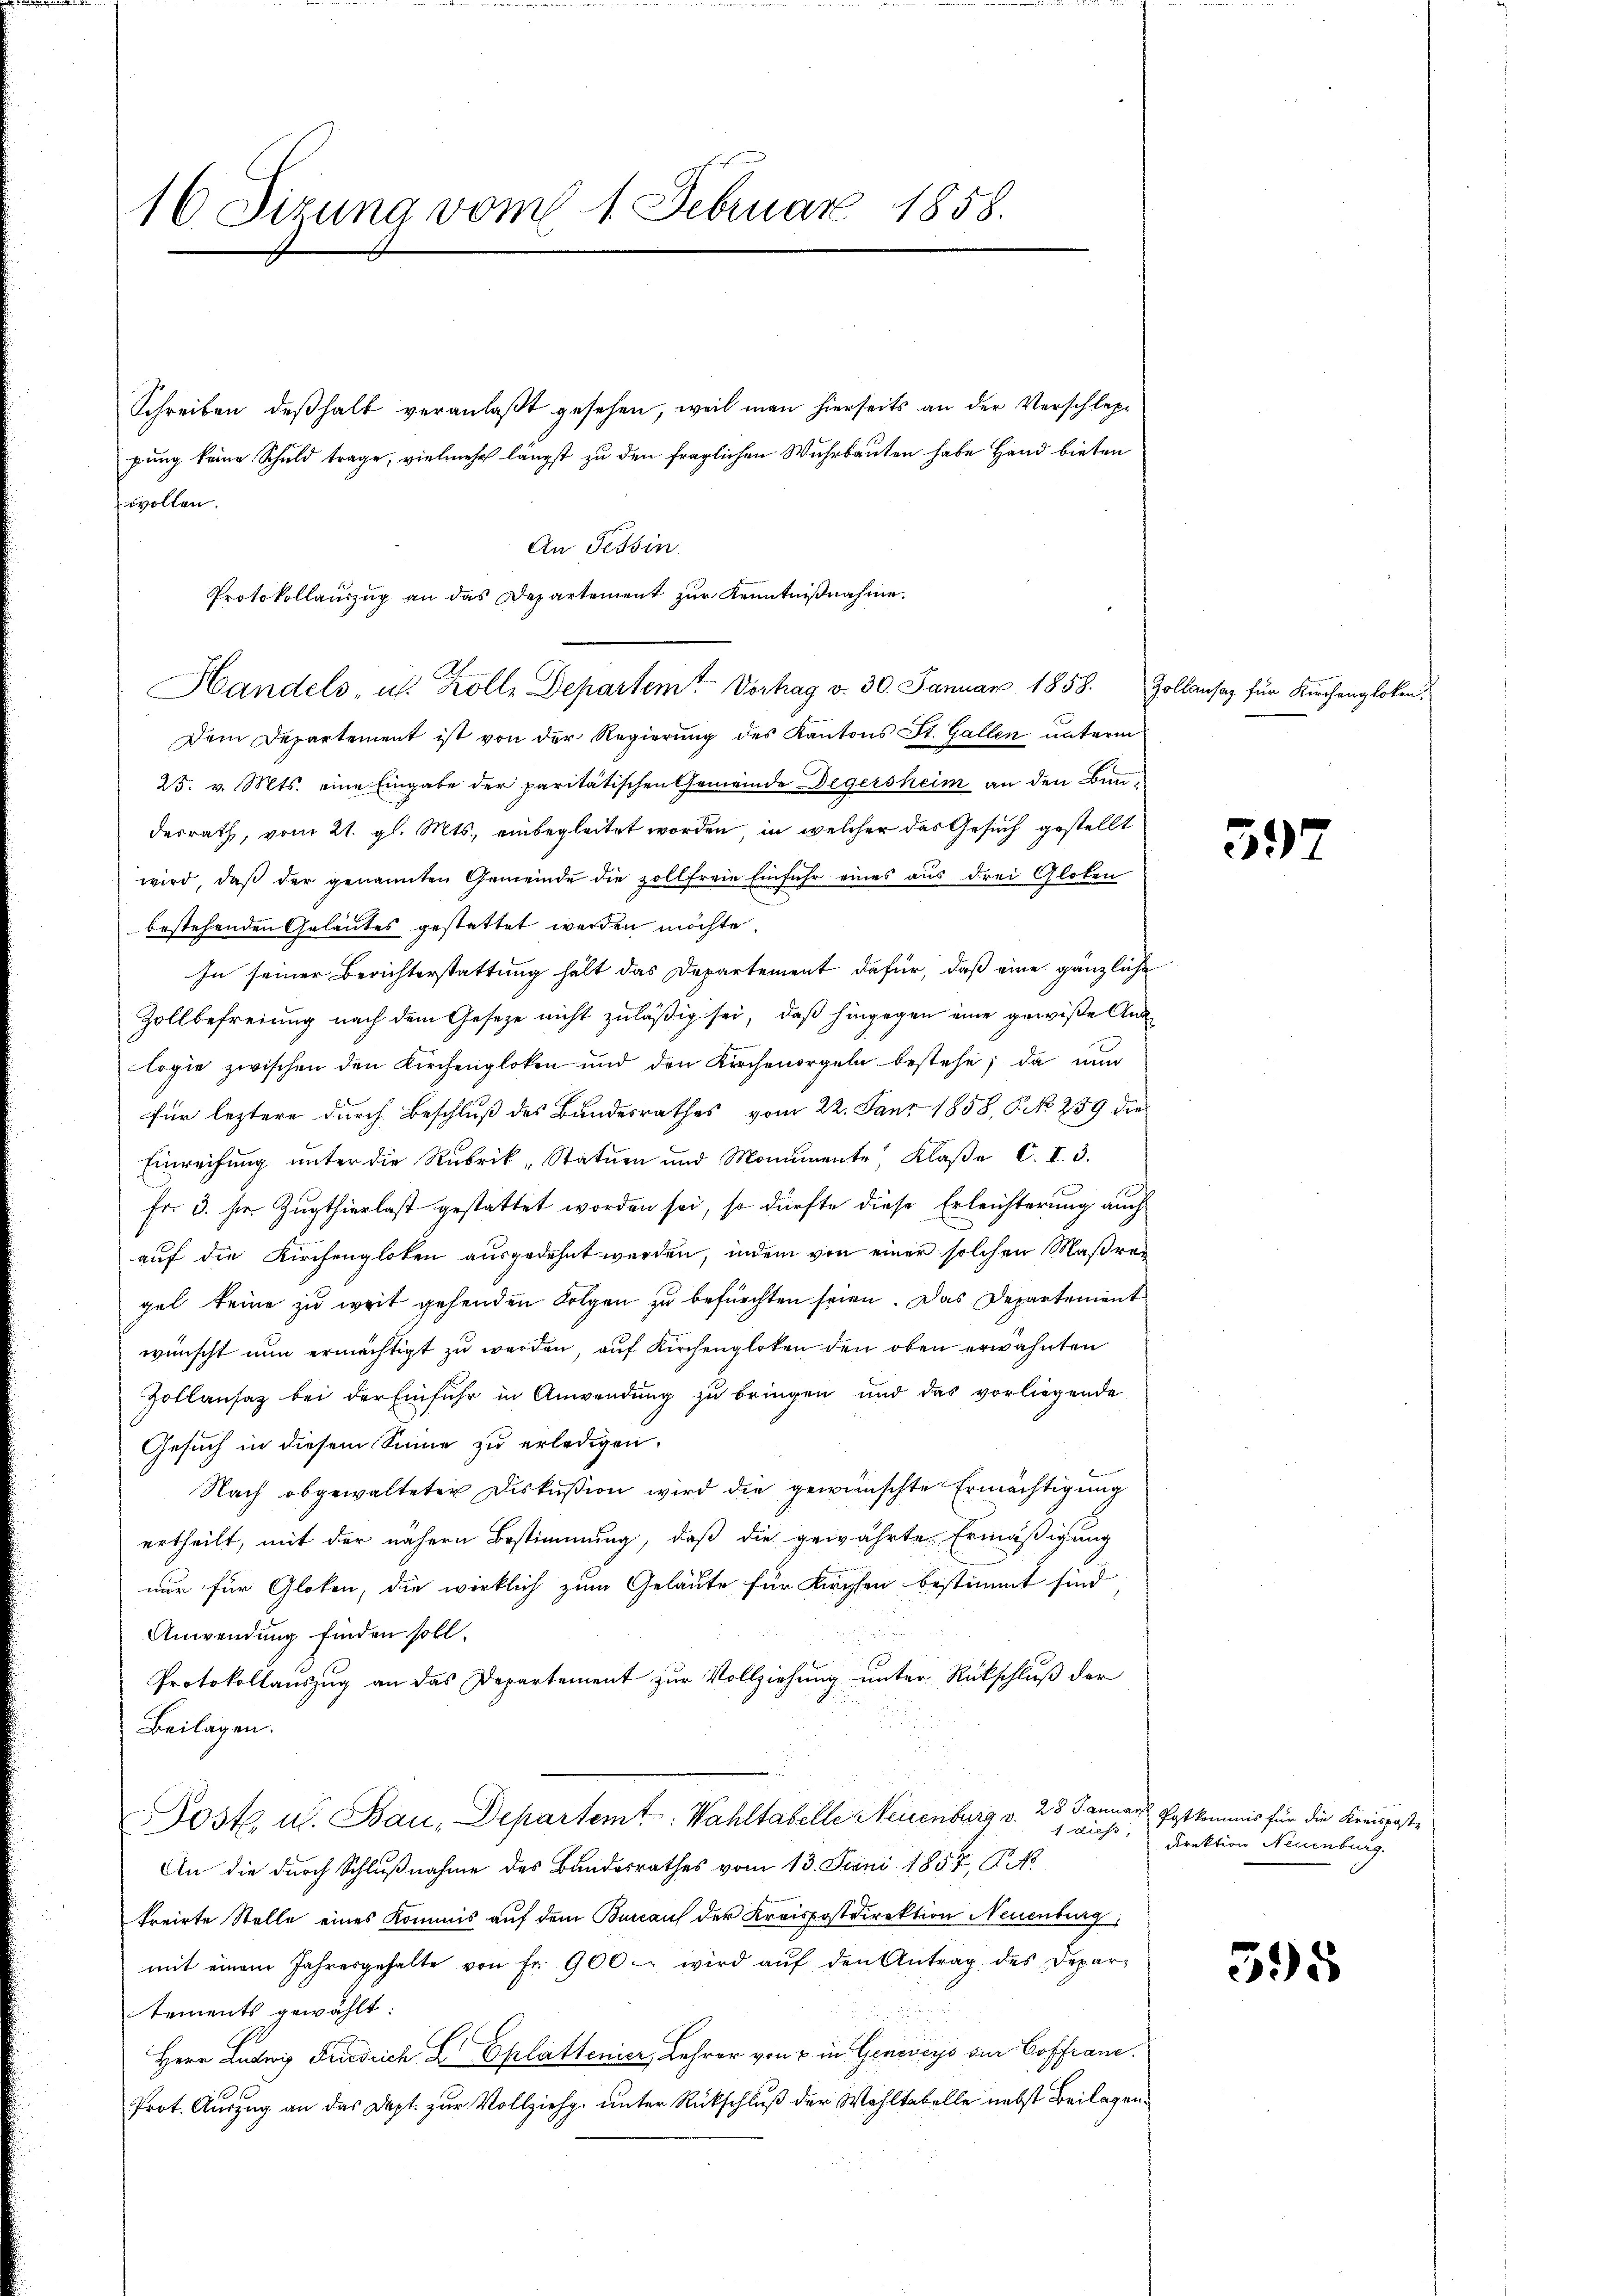
16. Sizung vom 1. Februar 1858.

wollen.
Dem Departement ist von der Regierung des Kantons St. Gallen unterm
25. v. Mts. eine Eingabe der paritätischen Gemeinde Degersheim an den Bunderrath, vom 21. gl. Mts., einbegleitet worden, in welcher das Gesuch gestellt
wird, daß der genannten Gemeinde die zollfreie Einfuhr eines aus drei Gloten
bestehenden Geläutes gestattet werden möchte.
In seiner Berichterstattung hält das Departement dafür, daß eine gänzliche
Zollbefreiung nach dem Gesetze nicht zuläßig sei, daß hingegen eine gewiße Ans
logie zwischen den Kirchengloken und den Kirchenorgeln bestehe; da nun
für leztere durch Beschluß des Bandesrathes vom 22. Janr 1858, P. No 259 die
Einreihung unter die Rubrik, Statuen und Monumente, Klaße C. I. 3.
Fr. 3. sie. Zugthierlast gestattet worden sei, so dürfte diese Erleichterung auch
auf die Kirchengloten ausgedehnt werden, indem von einer solchen Maßregel keine zu weit gehenden Folgen zu befürchten seien. Das Departement
wünscht nun ermächtigt zu werden, auf Kirchengloten den oben erwähnten
Zollansaz bei der Einfuhr in Anwendung zu bringen und das vorliegende
Gesuch in diesem Sinne zu erledigen.
Nach obgewalteter Diskussion wird die gewünschte Ermächtigung
ertheilt, mit der nähern Bestimmung, daß die gewährte Ermäßigung
nur für Gloken, die wirklich zum Geläute für Kirchen bestimmt sind,
Anwendung finden soll.
Protokollauszug an das Departement zur Vollziehung unter Rückschluß der
Beilagen.
Dost. u. Bau, Departemt: Wahltabelle Neuenburg v. 28 Januar Post kommnis für die Kreisposte
1 diess,
An die durch Schlußnahme des Bandesrathes vom 13. Juni 1857, P. N
treirte Stelle eines Kommis auf dem Bureau der Kreispostdirektion Neuenburg,
mit einem Jahresgehalte von fr. 900 wird aŭf den Antrag des Depar-
tements gewählt:
Herr Ludwig Friedrich L Eplattenier, Lehrer von 2 in Genereys der Coffran¬
Prot. Auszug an das Dapt. zur Vollzieh, unter Rückschluß der Wahltabelle nebst Beilagen¬

Schreiben deßhalb veranlaßt gesehen, weil man hierseits an der Verschleppung keine Schuld trage, vielmehr längst zu den fraglichen Wuhrbauten habe Hand bieten

Handels, u. Kolle Departem Vortrag v. 30. Januar 1858. Zollansaz für Kirchengloten,

An Tessin.

Protokollauszug an das Departement zur Kenntnißnahme.

397

Direktion Neuenburg.

395